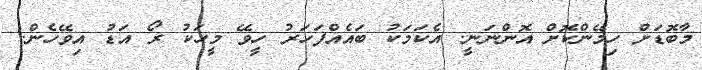
މާބޮޑަށް ހިމޭންކޮށް އޮންނަނީ. އެކަމަކު ބައެއްފަހަރު ހީވޭ މީހަކު ރޯ އަޑު އިވޭހެން.